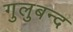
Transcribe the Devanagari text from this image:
गुलुबन्द